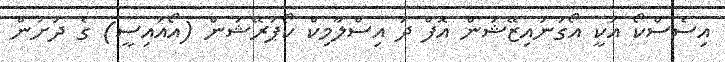
އިސެސްކޯ އަކީ އޯގަނައިޒޭޝަން އޮފް ދަ އިސްލާމިކް ކޯޕަރޭޝަން (އޯއައިސީ) ގެ ދަށުން